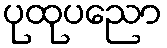
ပုထုပညော